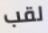
لقب